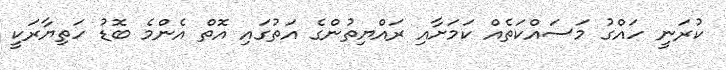
ކުރަނީ ހައްގު މަސައްކަތެއް ކަމަށާއި ރައްޔިތުންގެ އަތުގައި އޮތް އެންމެ ބޮޑު ހަތިޔާރަކީ